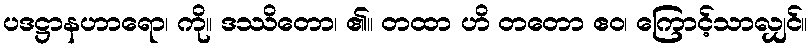
ပဒဋ္ဌာနဟာရော၊ ကို။ ဒဿိတော၊ ၏။ တထာ ဟိ တတော ဧဝ၊ ကြောင့်သာလျှင်။